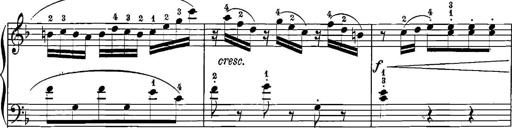
Title: 12 Sonatinas
Composer: Ignaz Pleyel